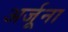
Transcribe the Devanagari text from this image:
अर्जूना